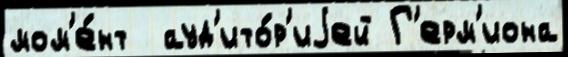
мом'е́нт  ауд'ито́р'иjей Г'ерм'иона